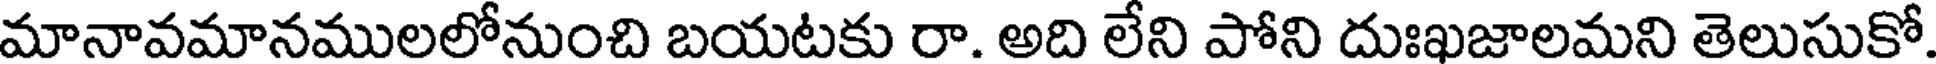
మానావమానములలోనుంచి బయటకు రా. అది లేని పోని దుఃఖజాలమని తెలుసుకో